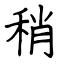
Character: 稍